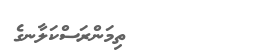
٦٨         ތިމަންރަސްކަލާނގެ